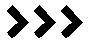
>>>